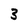
Character: 3